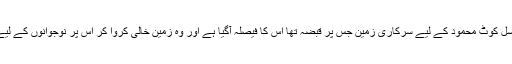
ابھی حال ہی میں یونین کونسل کوٹ محمود کے لیے سرکاری زمین جس پر قبضہ تھا اس کا فیصلہ آگیا ہے اور وہ زمین خالی کروا کر اس پر نوجوانوں کے لیے سپورٹس گراونڈ بنے گی۔